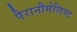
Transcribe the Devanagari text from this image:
पैरानौर्मलिस्ट